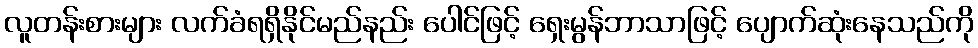
လူတန်းစားများ လက်ခံရရှိနိုင်မည်နည်း ပေါင်ဖြင့် ရှေးမွန်ဘာသာဖြင့် ပျောက်ဆုံးနေသည်ကို